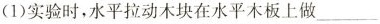
(1)实验时，水平拉动木块在水平木板上做___